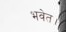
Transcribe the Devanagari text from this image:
भवेत।